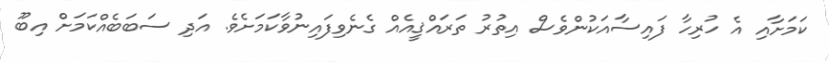
ކަމަށާއި އެ ހުރިހާ ފައިސާއަކުންވެސް އިތުރު ތަރައްޤީއެއް ގެނެވިފައިނުވާކަމަށެވެ. އަދި ސަބަބެއްކަމަށް އިބޫ